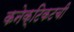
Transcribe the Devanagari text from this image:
कनेक्टिकटची